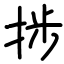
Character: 捗